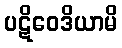
ပဋိဝေဒိယာမိ